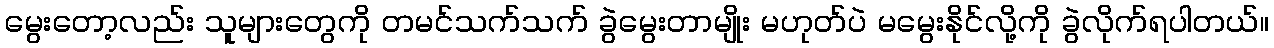
မွေးတော့လည်း သူများတွေကို တမင်သက်သက် ခွဲမွေးတာမျိုး မဟုတ်ပဲ မမွေးနိုင်လို့ကို ခွဲလိုက်ရပါတယ်။